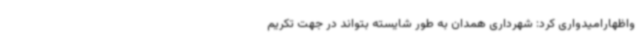
واظهارامیدواری کرد: شهرداری همدان به طور شایسته بتواند در جهت تکریم